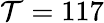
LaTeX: \mathcal{T}=117